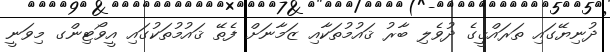
ދުނިޔޭގައި ތަރައްޤީގެ ދުވެލި ބާރު ޤައުމުތަކާއި ޒަމާނަށް ފެތޭ ޤައުމުތަކުގައި އީވޯޓިންގ މިވަނީ